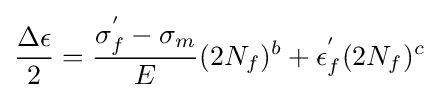
{\frac {\Delta \epsilon }{2}}={\frac {\sigma _{f}^{'}-\sigma _{m}}{E}}(2N_{f})^{b}+\epsilon _{f}^{'}(2N_{f})^{c}